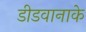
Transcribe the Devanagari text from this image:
डीडवानाके